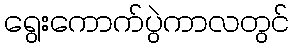
ရွေးကောက်ပွဲကာလတွင်